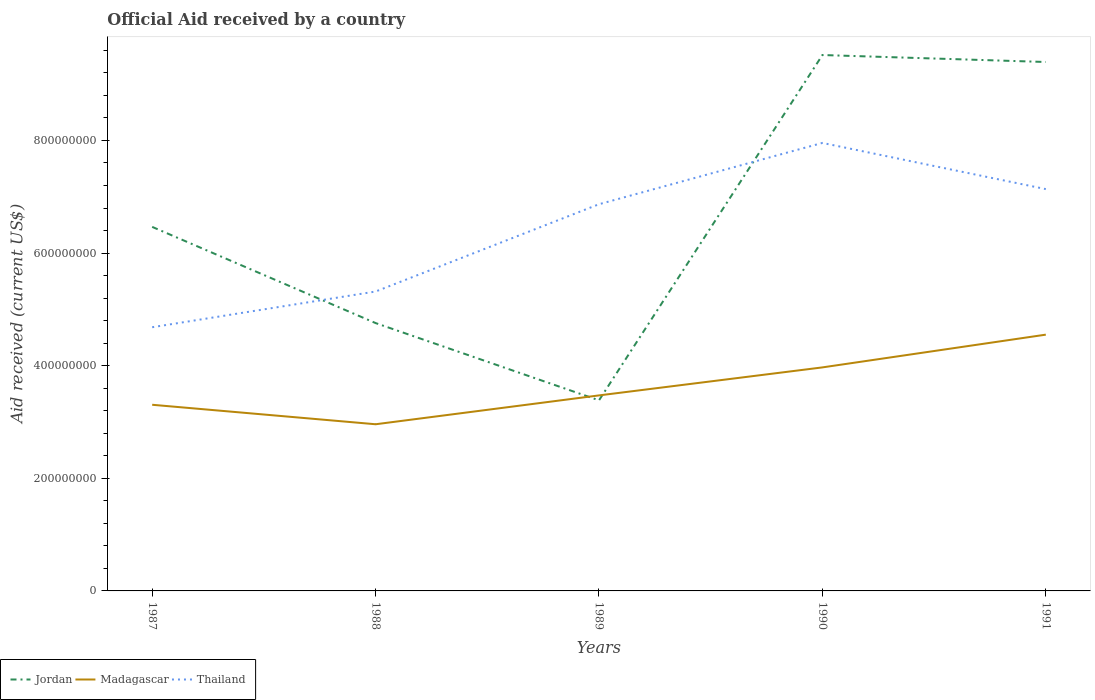
| Years | Jordan | Madagascar | Thailand |
 | --- | --- | --- | --- |
 | 1987 | 6.46e+08 | 3.31e+08 | 4.68e+08 |
 | 1988 | 4.76e+08 | 2.96e+08 | 5.32e+08 |
 | 1989 | 3.38e+08 | 3.47e+08 | 6.87e+08 |
 | 1990 | 9.52e+08 | 3.97e+08 | 7.96e+08 |
 | 1991 | 9.39e+08 | 4.55e+08 | 7.14e+08 |